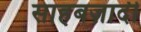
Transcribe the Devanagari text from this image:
साहबज़ादी